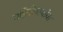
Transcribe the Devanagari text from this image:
गहिनीनाथांना